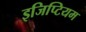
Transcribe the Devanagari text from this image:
इजिप्टियम